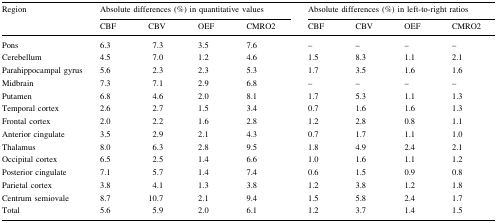
<table><thead><tr><td rowspan="2"><b>Region</b></td><td colspan="4"><b>Absolute differences (%) in quantitative values</b></td><td colspan="4"><b>Absolute differences (%) in left-to-right ratios</b></td></tr><tr><td><b>CBF</b></td><td><b>CBV</b></td><td><b>OEF</b></td><td><b>CMRO2</b></td><td><b>CBF</b></td><td><b>CBV</b></td><td><b>OEF</b></td><td><b>CMRO2</b></td></tr></thead><tbody><tr><td>Pons</td><td>6.3</td><td>7.3</td><td>3.5</td><td>7.6</td><td>–</td><td>–</td><td>–</td><td>–</td></tr><tr><td>Cerebellum</td><td>4.5</td><td>7.0</td><td>1.2</td><td>4.6</td><td>1.5</td><td>8.3</td><td>1.1</td><td>2.1</td></tr><tr><td>Parahippocampal gyrus</td><td>5.6</td><td>2.3</td><td>2.3</td><td>5.3</td><td>1.7</td><td>3.5</td><td>1.6</td><td>1.6</td></tr><tr><td>Midbrain</td><td>7.3</td><td>7.1</td><td>2.9</td><td>6.8</td><td>–</td><td>–</td><td>–</td><td>–</td></tr><tr><td>Putamen</td><td>6.8</td><td>4.6</td><td>2.0</td><td>8.1</td><td>1.7</td><td>5.3</td><td>1.1</td><td>1.3</td></tr><tr><td>Temporal cortex</td><td>2.6</td><td>2.7</td><td>1.5</td><td>3.4</td><td>0.7</td><td>1.6</td><td>1.6</td><td>1.3</td></tr><tr><td>Frontal cortex</td><td>2.0</td><td>2.2</td><td>1.6</td><td>2.8</td><td>1.2</td><td>2.8</td><td>0.8</td><td>1.1</td></tr><tr><td>Anterior cingulate</td><td>3.5</td><td>2.9</td><td>2.1</td><td>4.3</td><td>0.7</td><td>1.7</td><td>1.1</td><td>1.0</td></tr><tr><td>Thalamus</td><td>8.0</td><td>6.3</td><td>2.8</td><td>9.5</td><td>1.8</td><td>4.9</td><td>2.4</td><td>2.1</td></tr><tr><td>Occipital cortex</td><td>6.5</td><td>2.5</td><td>1.4</td><td>6.6</td><td>1.0</td><td>1.6</td><td>1.1</td><td>1.2</td></tr><tr><td>Posterior cingulate</td><td>7.1</td><td>5.7</td><td>1.4</td><td>7.4</td><td>0.6</td><td>1.5</td><td>0.9</td><td>0.8</td></tr><tr><td>Parietal cortex</td><td>3.8</td><td>4.1</td><td>1.3</td><td>3.8</td><td>1.2</td><td>3.8</td><td>1.2</td><td>1.8</td></tr><tr><td>Centrum semiovale</td><td>8.7</td><td>10.7</td><td>2.1</td><td>9.4</td><td>1.5</td><td>5.8</td><td>2.4</td><td>1.7</td></tr><tr><td>Total</td><td>5.6</td><td>5.9</td><td>2.0</td><td>6.1</td><td>1.2</td><td>3.7</td><td>1.4</td><td>1.5</td></tr></tbody></table>